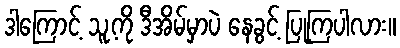
ဒါကြောင့် သူ့ကို ဒီအိမ်မှာပဲ နေခွင့် ပြုကြပါလား။